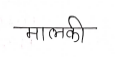
मजकूर: मालकी